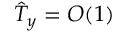
\hat { T } _ { y } = O ( 1 )